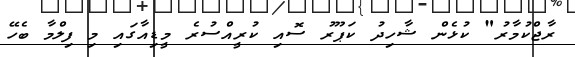
ރާޖްކުމާރު" ކުޅެން ޝާހިދު ކަޕޫރު ސޮއި ކުރީއްސުރެ މީޑިއާގައި މި ފިލްމާ ބެހޭ